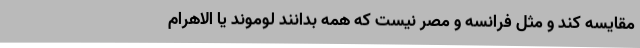
مقایسه کند و مثل فرانسه و مصر نیست که همه بدانند لوموند یا الاهرام